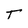
Character: T